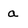
Character: a